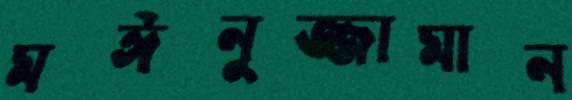
মঈনুজ্জামান